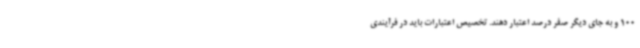
100 و به جای دیگر صفر درصد اعتبار دهند. تخصیص اعتبارات باید در فرآیندی